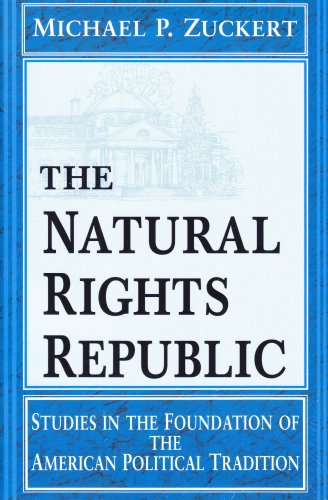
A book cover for The Natural Rights Republic: Studies in the Foundation of the American Political Tradition (FRANK COVEY LOYOLA L); Michael P. Zuckert; Law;